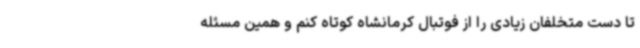
تا دست متخلفان زیادی را از فوتبال کرمانشاه کوتاه کنم و همین مسئله